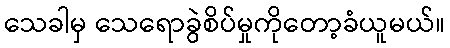
သေခါမှ သေရောခွဲစိပ်မှုကိုတော့ခံယူမယ်။